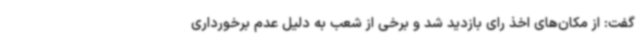
گفت: از مکان‌های اخذ رای بازدید شد و برخی از شعب به دلیل عدم برخورداری